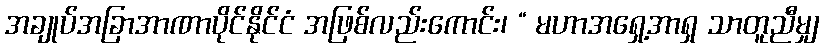
အချုပ်အခြာအာဏာပိုင်နိုင်ငံ အဖြစ်လည်းကောင်း၊ “ မဟာအရှေ့အာရှ သာတူညီမျှ